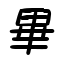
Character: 畢